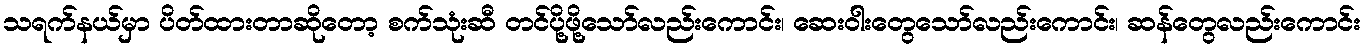
သရက်နယ်မှာ ပိတ်ထားတာဆိုတော့ စက်သုံးဆီ တင်ပို့ဖို့သော်လည်းကောင်း၊ ဆေးဝါးတွေသော်လည်းကောင်း၊ ဆန်တွေလည်းကောင်း